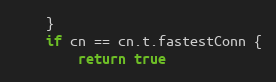
Language: Go
	}
	if cn == cn.t.fastestConn {
		return true